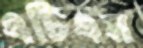
এটিএম